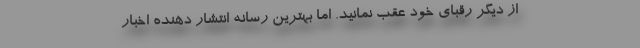
از دیگر رقبای خود عقب نمانید. اما بهترین رسانه انتشار دهنده اخبار